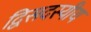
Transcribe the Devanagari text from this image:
द्विसदस्यीय